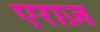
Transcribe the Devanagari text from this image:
एराज़